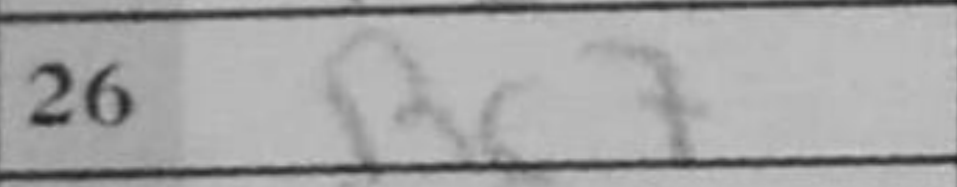
Transcription: Rc7